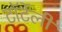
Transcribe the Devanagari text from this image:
टॉर्टेली